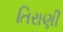
તિરાણી